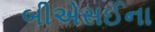
બીએસઈના